Problem: 99 + 10 = ?
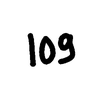
Handwritten answer: 109